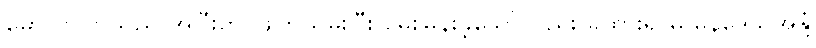
မောလာကြသည် အပြီးတိုင်ဖျက်သိမ်းပြီး မေးမြန်းခဲ့သော်လည်း ခွထားရာမှ မွန်ဒေသအနှံ့